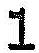
1